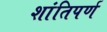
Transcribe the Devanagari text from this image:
शांतिपर्ण